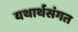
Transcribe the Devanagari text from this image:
यथार्थसंगत